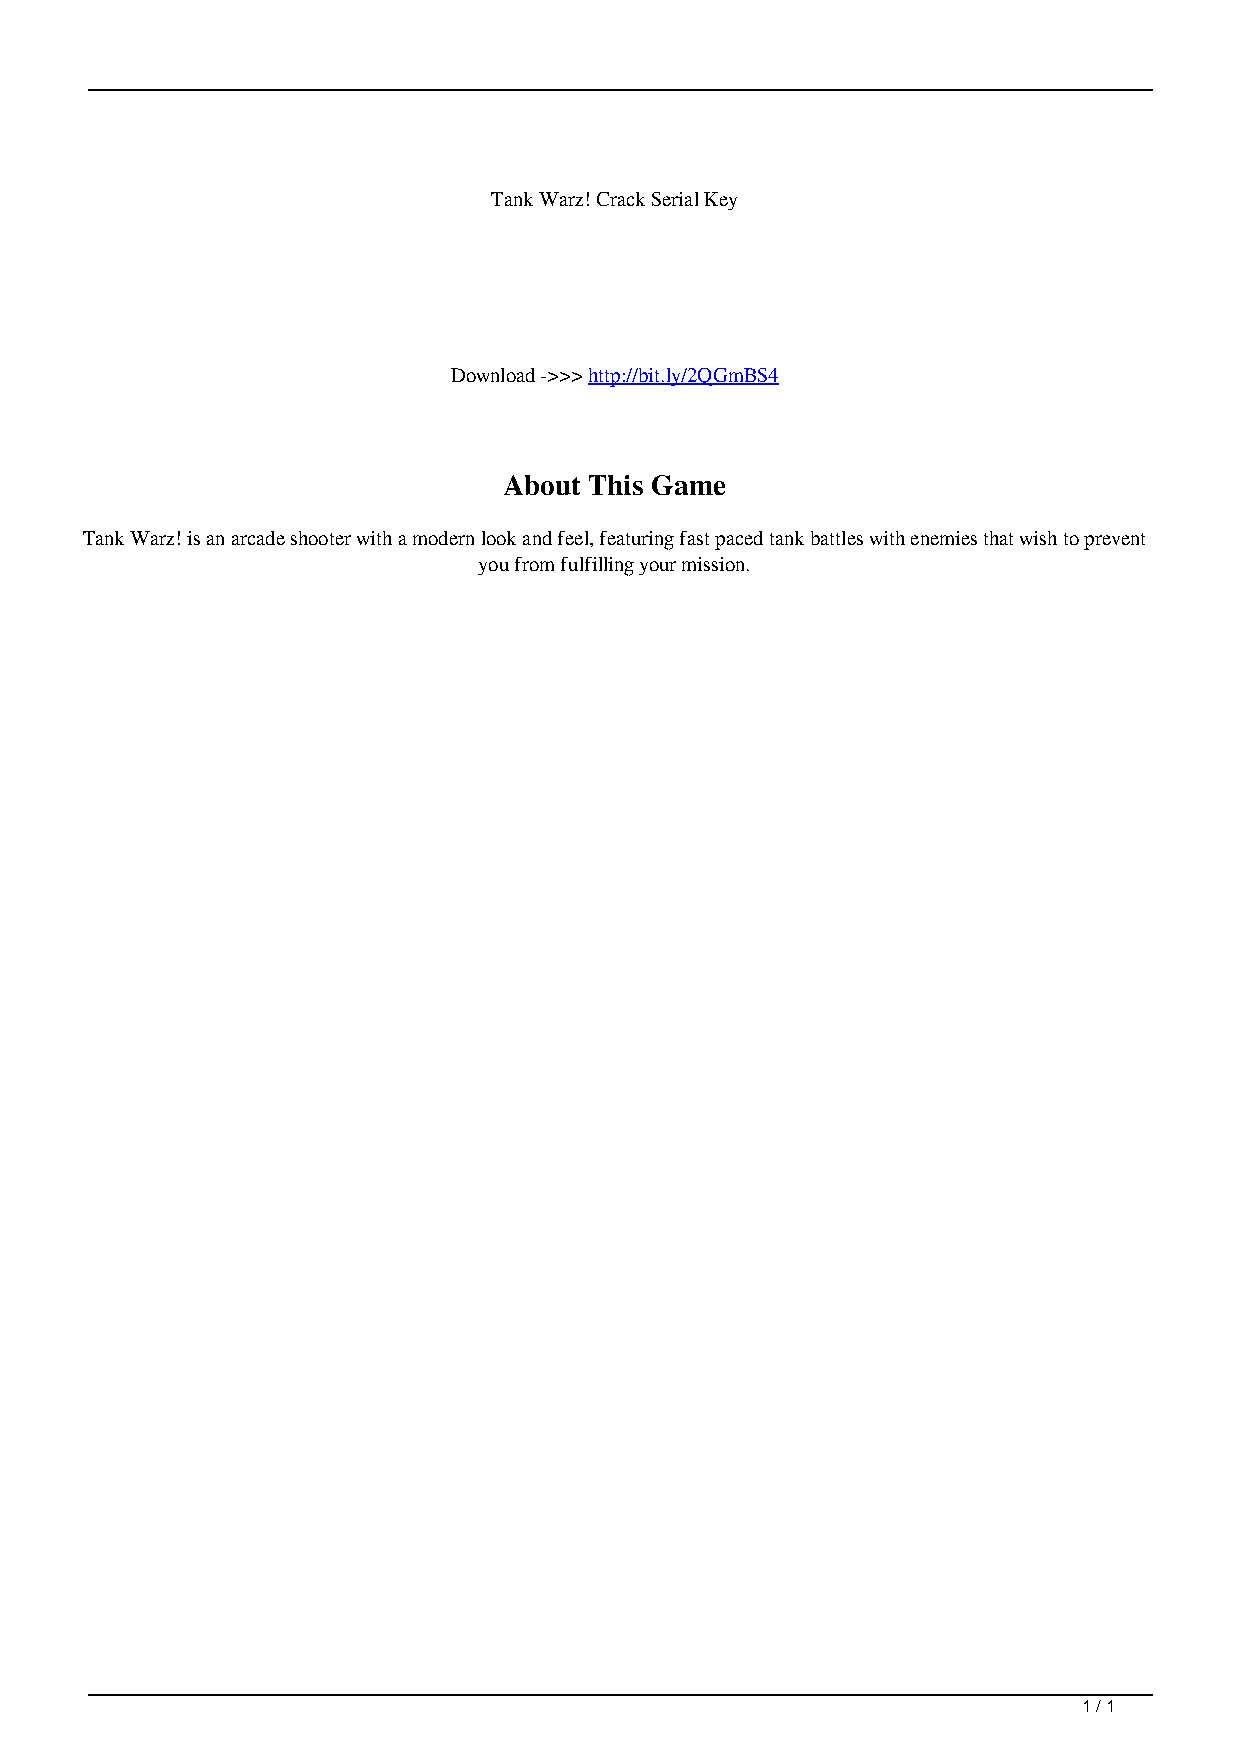
Tank Warz! Crack Serial Key
 Download ->>> http://bit.ly/2QGmBS4
 About This Game
 Tank Warz! is an arcade shooter with a modern look and feel, featuring fast paced tank battles with enemies that wish to prevent
 you from fulfilling your mission.
 1 / 1
 Tank Warz Crack Serial Key